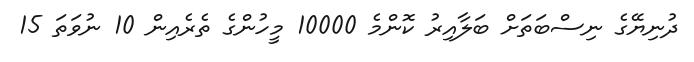
ދުނިޔޭގެ ނިސްބަތަށް ބަލާއިރު ކޮންމެ 10000 މީހުންގެ ތެރެއިން 10 ނުވަތަ 15